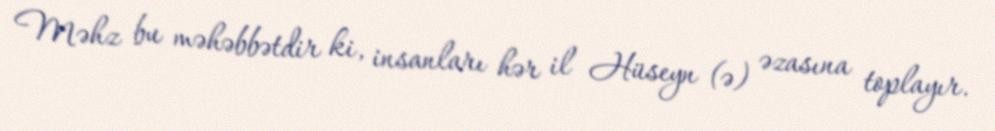
Məhz bu məhəbbətdir ki, insanları hər il Hüseyn (ə) əzasına toplayır.